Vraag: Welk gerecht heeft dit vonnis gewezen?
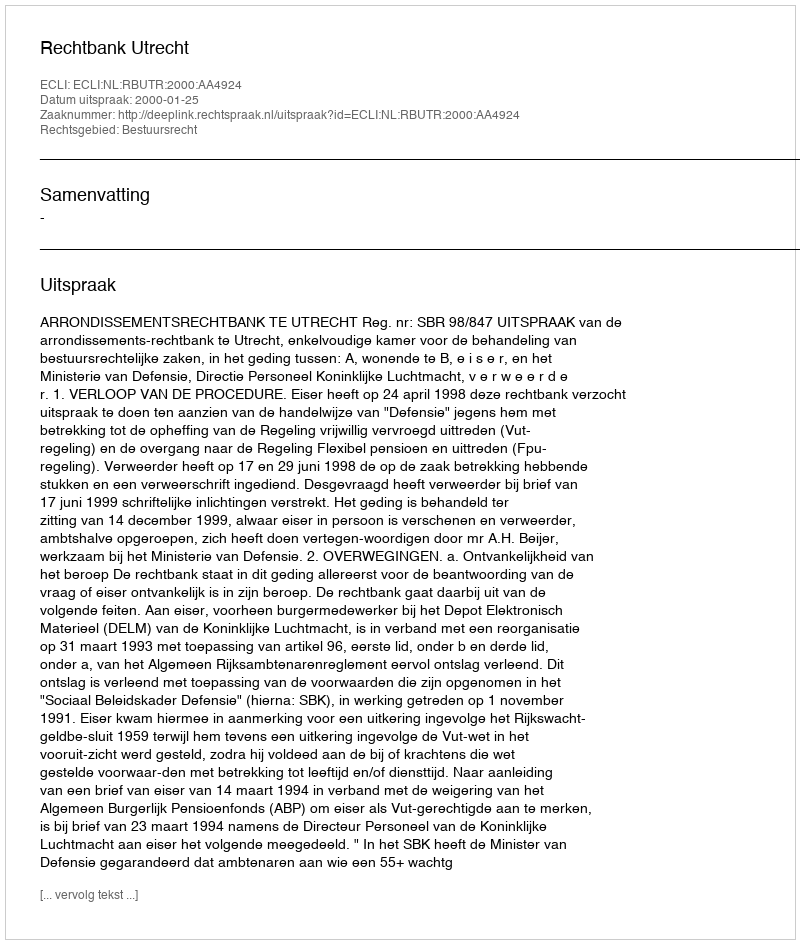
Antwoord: Rechtbank Utrecht